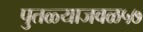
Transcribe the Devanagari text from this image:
पुतळ्याजवळ५७